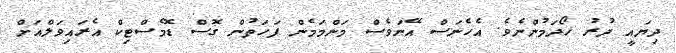
ދިޔައީ ދުރު ހޯދަމުންނެވެ. އެހެނަސް އޭނަވެސް މަންމަމެން ފަހަތުން ގޮސް ޑޮމެސްޓިކް އެރައިވަލްއަށް